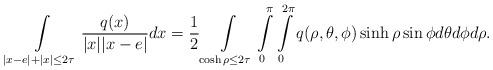
LaTeX: \begin{align*}\begin{aligned}\int\limits_{|x-e|+|x|\leq 2\tau}\frac{q(x)}{|x||x-e|}dx&= \frac{1}{2}\int\limits_{\cosh\rho\leq 2\tau}\int\limits_{0}^{\pi}\int\limits_{0}^{2\pi}q(\rho,\theta,\phi)\sinh\rho\sin\phi d\theta d\phi d\rho.\\\end{aligned}\end{align*}